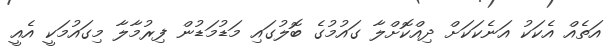
އަތެެއް އެކަކު އަނެކަކަށް ދިއްކޮށްލާ ގައުމުގެ ބޮލުގައި މަޑުމަޑުން ފިރުމާލާ މިގައުމަކީ އެއީ